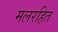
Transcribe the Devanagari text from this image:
मलरहित